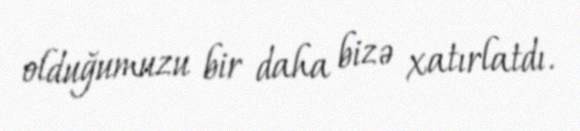
olduğumuzu bir daha bizə xatırlatdı.